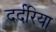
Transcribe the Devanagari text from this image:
दर्दरिया